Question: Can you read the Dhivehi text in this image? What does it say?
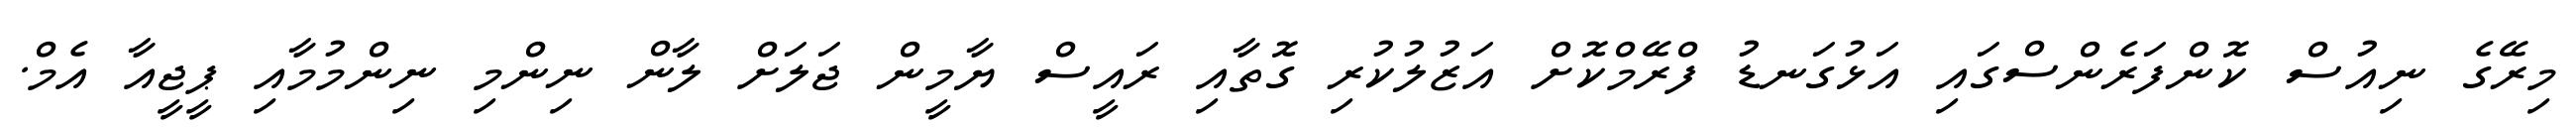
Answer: މިރޭގެ ނިއުސް ކޮންފަރެންސްގައި އަޅުގަނޑު ފްރޭމްކޮށް އަޒުލުކުރި ގޮތާއި ރައީސް ޔާމީން ޖަލަށް ލާން ނިންމި ނިންމުމާއި ޕީޖީއާ އެމް.